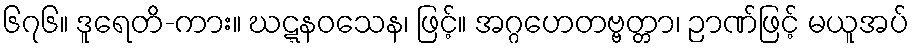
၆၇၆။ ဒူရေတိ-ကား။ ဃဋ္ဋနဝသေန၊ ဖြင့်။ အဂ္ဂဟေတဗ္ဗတ္တာ၊ ဉာဏ်ဖြင့် မယူအပ်